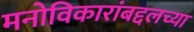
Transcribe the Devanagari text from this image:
मनोविकारांबद्दलच्या